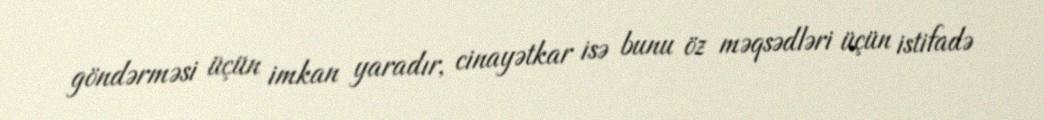
göndərməsi üçün imkan yaradır, cinayətkar isə bunu öz məqsədləri üçün istifadə